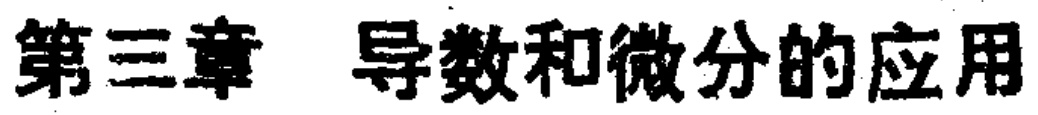
第三章 导数和微分的应用